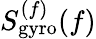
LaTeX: S_{\mathrm{gyro}}^{(f)}(f)